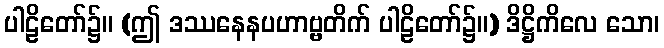
ပါဠိတော်၌။ (ဤ ဒဿနေနပဟာဗ္ဗတိက် ပါဠိတော်၌။) ဒိဋ္ဌိကိလေ သော၊